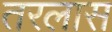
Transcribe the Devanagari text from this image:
तरलास